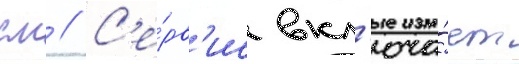
см // С'е́рв'ис вкл'юча́ет